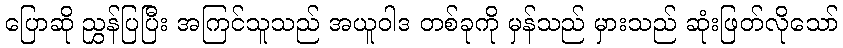
ပြောဆို ညွှန်ပြပြီး အကြင်သူသည် အယူဝါဒ တစ်ခုကို မှန်သည် မှားသည် ဆုံးဖြတ်လိုသော်